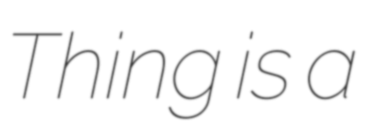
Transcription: Thing is a